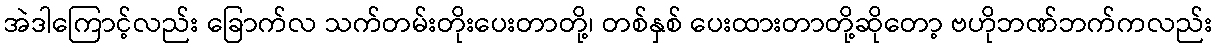
အဲဒါကြောင့်လည်း ခြောက်လ သက်တမ်းတိုးပေးတာတို့၊ တစ်နှစ် ပေးထားတာတို့ဆိုတော့ ဗဟိုဘဏ်ဘက်ကလည်း